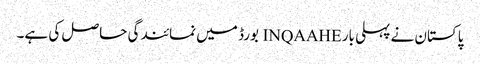
پاکستان نے پہلی بار INQAAHE بورڈ میں نمائندگی حاصل کی ہے۔